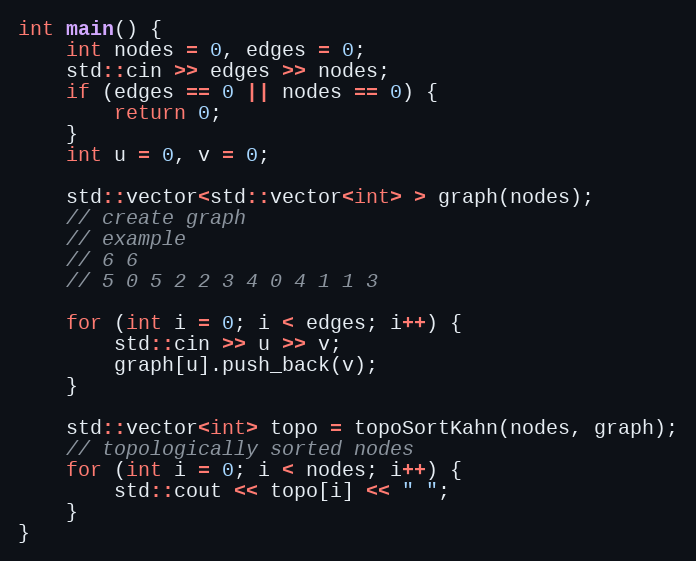
Language: C++
int main() {
    int nodes = 0, edges = 0;
    std::cin >> edges >> nodes;
    if (edges == 0 || nodes == 0) {
        return 0;
    }
    int u = 0, v = 0;

    std::vector<std::vector<int> > graph(nodes);
    // create graph
    // example
    // 6 6
    // 5 0 5 2 2 3 4 0 4 1 1 3

    for (int i = 0; i < edges; i++) {
        std::cin >> u >> v;
        graph[u].push_back(v);
    }

    std::vector<int> topo = topoSortKahn(nodes, graph);
    // topologically sorted nodes
    for (int i = 0; i < nodes; i++) {
        std::cout << topo[i] << " ";
    }
}